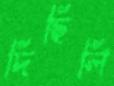
দিছিলি